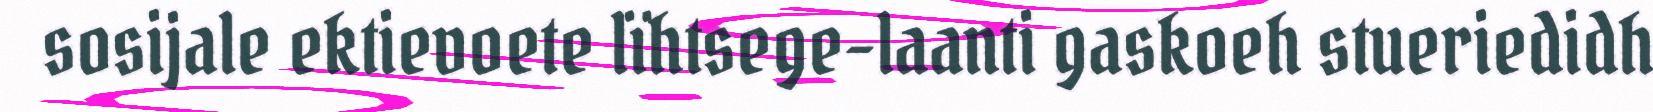
sosijale ektievoete lïhtsege-laanti gaskoeh stueriedidh